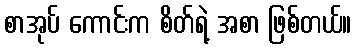
စာအုပ် ကောင်းက စိတ်ရဲ့ အစာ ဖြစ်တယ်။